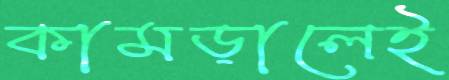
কামড়ালেই